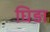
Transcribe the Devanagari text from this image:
घिड़ा